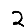
Digit: 2